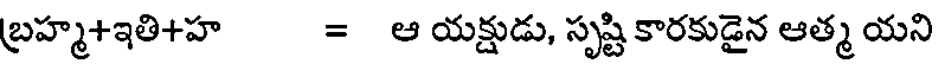
బ్రహ్మ+ఇతి+హ = ఆ యక్షుడు, సృష్టి కారకుడైన ఆత్మ యని